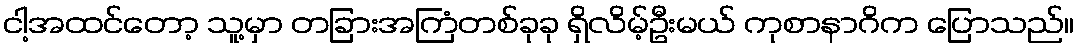
ငါ့အထင်တော့ သူ့မှာ တခြားအကြံတစ်ခုခု ရှိလိမ့်ဦးမယ် ကုစာနာဂိက ပြောသည်။